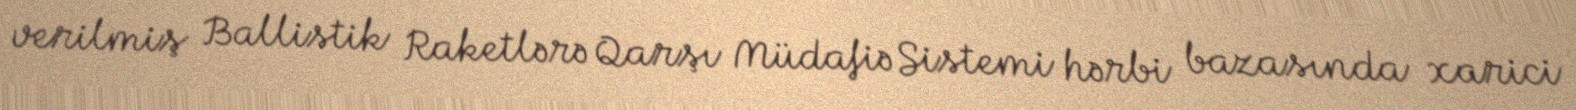
verilmiş Ballistik Raketlərə Qarşı Müdafiə Sistemi hərbi bazasında xarici